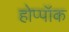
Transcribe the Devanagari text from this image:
होप्पॉक